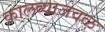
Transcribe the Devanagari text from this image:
कालव्याजवळ